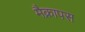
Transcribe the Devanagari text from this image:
मैक्रापस